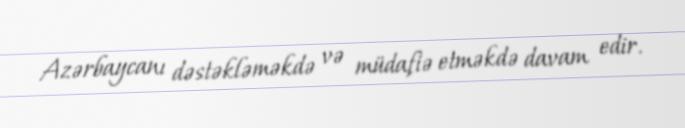
Azərbaycanı dəstəkləməkdə və müdafiə etməkdə davam edir.